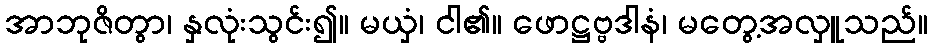
အာဘုဇိတွာ၊ နှလုံးသွင်း၍။ မယှံ၊ ငါ၏။ ဖောဋ္ဌဗ္ဗဒါနံ၊ မတွေ့အလှူသည်။